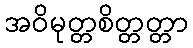
အဝိမုတ္တစိတ္တတ္တာ